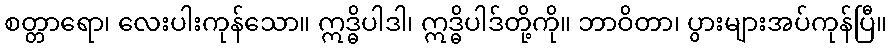
စတ္တာရော၊ လေးပါးကုန်သော။ ဣဒ္ဓိပါဒါ၊ ဣဒ္ဓိပါဒ်တို့ကို။ ဘာဝိတာ၊ ပွားများအပ်ကုန်ပြီ။